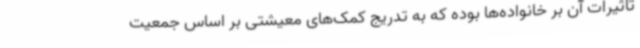
تاثیرات آن بر خانواده‌ها بوده که به تدریج کمک‌های معیشتی بر اساس جمعیت